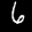
Label: 6